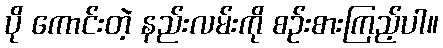
ပို ကောင်းတဲ့ နည်းလမ်းကို စဉ်းစားကြည့်ပါ။